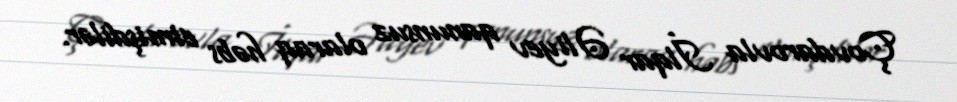
Çovdarovla İlqar Əliyev qanunsuz olaraq həbs etmişdilər.